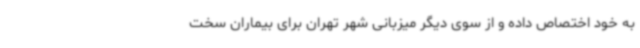
به خود اختصاص داده و از سوی دیگر میزبانی شهر تهران برای بیماران سخت